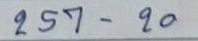
257 - 20